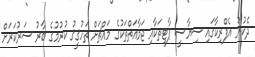
ދެކުނު އެފްރިކާގައި ސިޔާސީ ޕާޓީތަކާއި ޖަމާއަތްތަކުގެ މައްޗަށް ތަހުޤީޤު ކުރުމުގެ ބާރު ސަރުކަރަށް